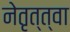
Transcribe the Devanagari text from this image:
नेतृत्त्वा